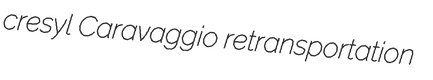
cresyl Caravaggio retransportation